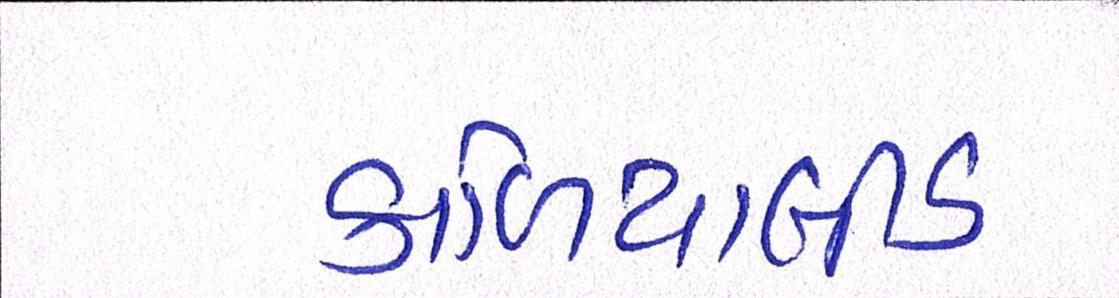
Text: કાળિયાબીડ